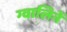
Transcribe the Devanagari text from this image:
ग्वालिनें